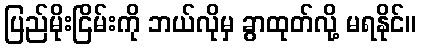
ပြည်မိုးငြိမ်းကို ဘယ်လိုမှ ခွာထုတ်လို့ မရနိုင်။